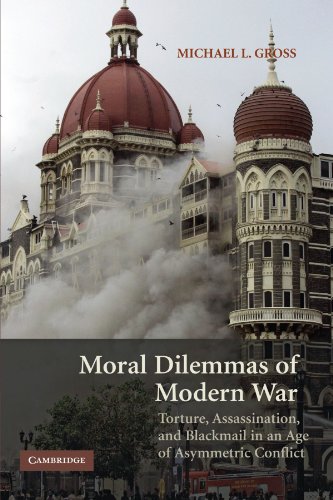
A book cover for Moral Dilemmas of Modern War: Torture, Assassination, and Blackmail in an Age of Asymmetric Conflict; Michael L. Gross; Law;